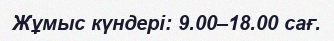
Жұмыс күндері: 9.00–18.00 сағ.